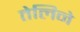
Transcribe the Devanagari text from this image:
तेलिने